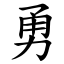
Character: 勇